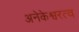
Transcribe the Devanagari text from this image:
अनेकेश्वरत्व